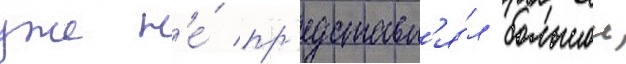
уже н'е́ пр'едставл'я́л большои